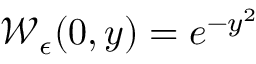
\mathcal { W } _ { \epsilon } ( 0 , y ) = e ^ { - y ^ { 2 } }